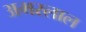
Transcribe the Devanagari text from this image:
अमरलाल